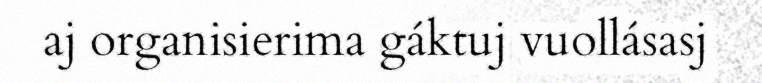
aj organisierima gáktuj vuollásasj